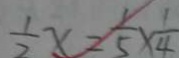
\frac { 1 } { 7 } x = \frac { 1 } { 5 } \times \frac { 1 } { 4 }